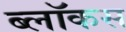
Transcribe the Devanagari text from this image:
ब्लॉकस